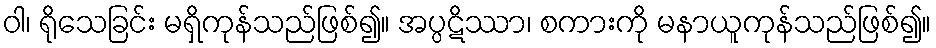
ဝါ၊ ရိုသေခြင်း မရှိကုန်သည်ဖြစ်၍။ အပ္ပဋိဿာ၊ စကားကို မနာယူကုန်သည်ဖြစ်၍။